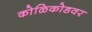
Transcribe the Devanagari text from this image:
कोळिकोडवर